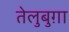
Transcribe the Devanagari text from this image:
तेलुबुग़ा